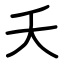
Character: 夭